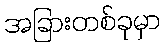
အခြားတစ်ခုမှာ